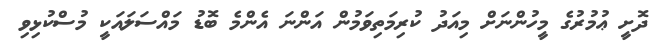
ދޮށީ ޢުމުރުގެ މީހުންނަށް މިއަދު ކުރިމަތިވަމުން އަންނަ އެންމެ ބޮޑު މައްސަލައަކީ މުސްކުޅިވި